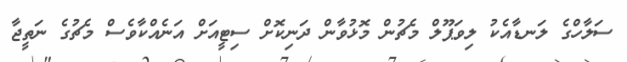
ސަލާހްގެ ލަނޑާއެކު ލިވަޕޫލް މެޗުން މޮޅުވާން ދަނިކޮށް ސިޓީއަށް އަނެއްކާވެސް މެޗުގެ ނަތީޖާ